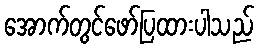
အောက်တွင်ဖော်ပြထားပါသည်